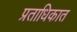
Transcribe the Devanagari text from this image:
प्रताधिकात